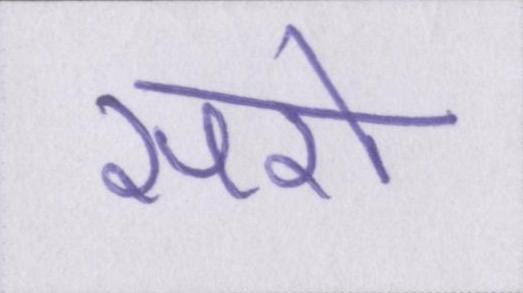
सरो